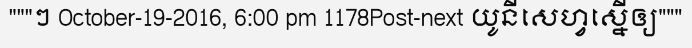
"""ៗ October-19-2016, 6:00 pm 1178Post-next យូនីសេហ្វស្នើឲ្យ"""